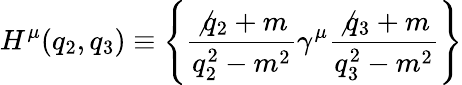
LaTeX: H^{\mu}(q_{2},q_{3})\equiv\left\{ \frac{\not{q_{2}}+m}{q_{2}^{2}-m^{2}}\gamma^{\mu}\frac{\not{q_{3}}+m}{q_{3}^{2}-m^{2}}\right\}